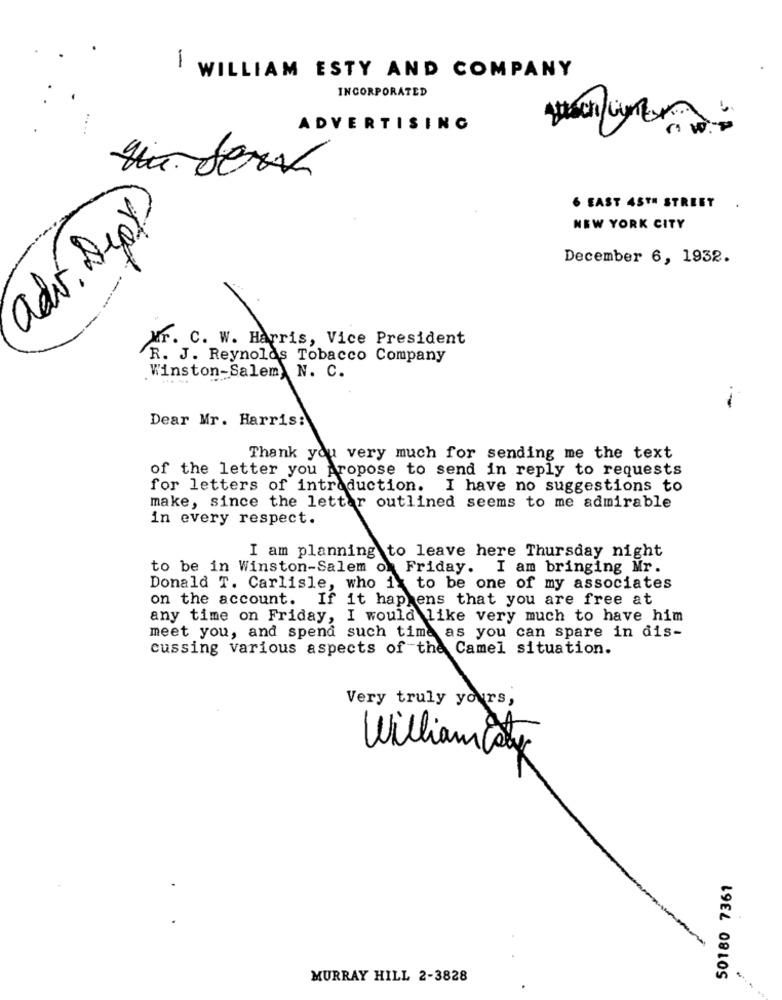
1
WILLIAM ESTY AND COMPANY
INCORPORATED
ADVERTISING
6 EAST 45TH STREET
adv. Depy
NEW YORK CITY
December 6, 1932.
--
Nr. C. W. Harris, Vice President
R. J. Reynolds Tobacco Company
Winston-Salem, N. C.
--
Dear Mr. Harris:
Thank you very much for sending me the text
of the letter you propose to send in reply to requests
for letters of introduction.
I have no suggestions to
make, since the letter outlined seems to me admirable
in every respect.
I am planning to leave here Thursday night
to be in Winston-Salem of
Friday. I am bringing Mr.
Donald T. Carlisle, who ix to be one of my associates
on the account. If it happens that you are free at
any time on Friday, I would like very much to have him
meet you, and spend such time as you can spare in dis-
cussing various aspects of the Camel situation.
Very truly yours,
William Caty
50180 7361
MURRAY HILL 2-3828